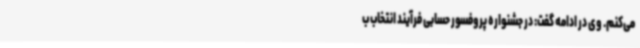
می‌کنم. وی در ادامه گفت: در جشنواره پروفسور حسابی فرآیند انتخاب ب